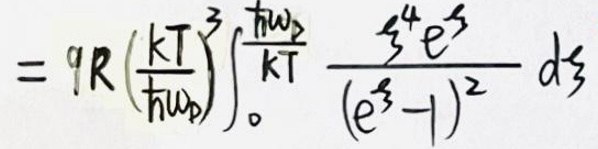
$= 9R\left(\frac{kT}{\hbar\omega_p}\right)^3\int_0^{\frac{\hbar\omega}{kT}}\frac{\xi^4 e^{\xi}}{(e^{\xi}-1)^2}d\xi$